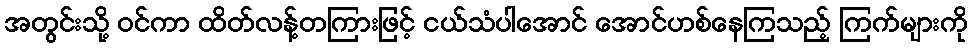
အတွင်းသို့ ဝင်ကာ ထိတ်လန့်တကြားဖြင့် ငယ်သံပါအောင် အောင်ဟစ်နေကြသည့် ကြက်များကို